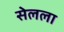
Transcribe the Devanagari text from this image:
सेलला